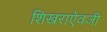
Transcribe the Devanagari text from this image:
शिखराऐवजी